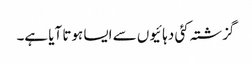
گزشتہ کئی دہائیوں سے ایسا ہوتا آیا ہے۔